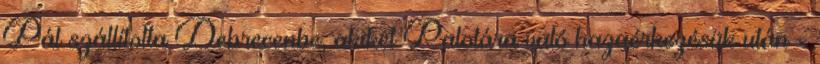
Pál szállította Debrecenbe, akiket Palotára való hazaérkezésük után -